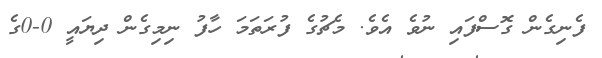
ފެނިގެން ގޮސްފައި ނުވެ އެވެ. މެޗުގެ ފުރަތަމަ ހާފު ނިމިގެން ދިޔައީ 0-0ގެ